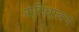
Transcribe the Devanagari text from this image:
योनिधावन